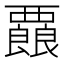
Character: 𮗇